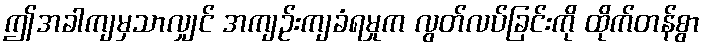
ဤအခါကျမှသာလျှင် အကျဉ်းကျခံရမှုက လွတ်လပ်ခြင်းကို ထိုက်တန်စွာ